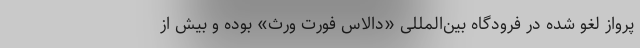
پرواز لغو شده در فرودگاه بین‌المللی «دالاس فورت ورث» بوده و بیش از